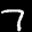
Label: 7